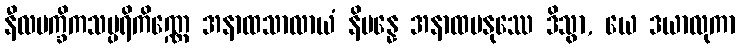
နီလမက္ခိကသမ္ပရိကိဏ္ဏေ အနာထသာလာယံ နိပန္နေ အနာထမနုဿေ ဒိသွာ, ယေ ဒယာလုကာ